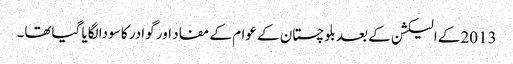
2013کے الیکشن کے بعد بلوچستان کے عوام کے مفاد اور گوادر کا سودا لگایا گیاتھا۔